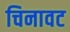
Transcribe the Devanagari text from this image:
चिनावट